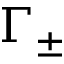
\Gamma _ { \pm }